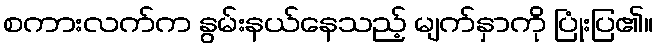
စကားလက်က နွမ်းနယ်နေသည့် မျက်နှာကို ပြုံးပြ၏။